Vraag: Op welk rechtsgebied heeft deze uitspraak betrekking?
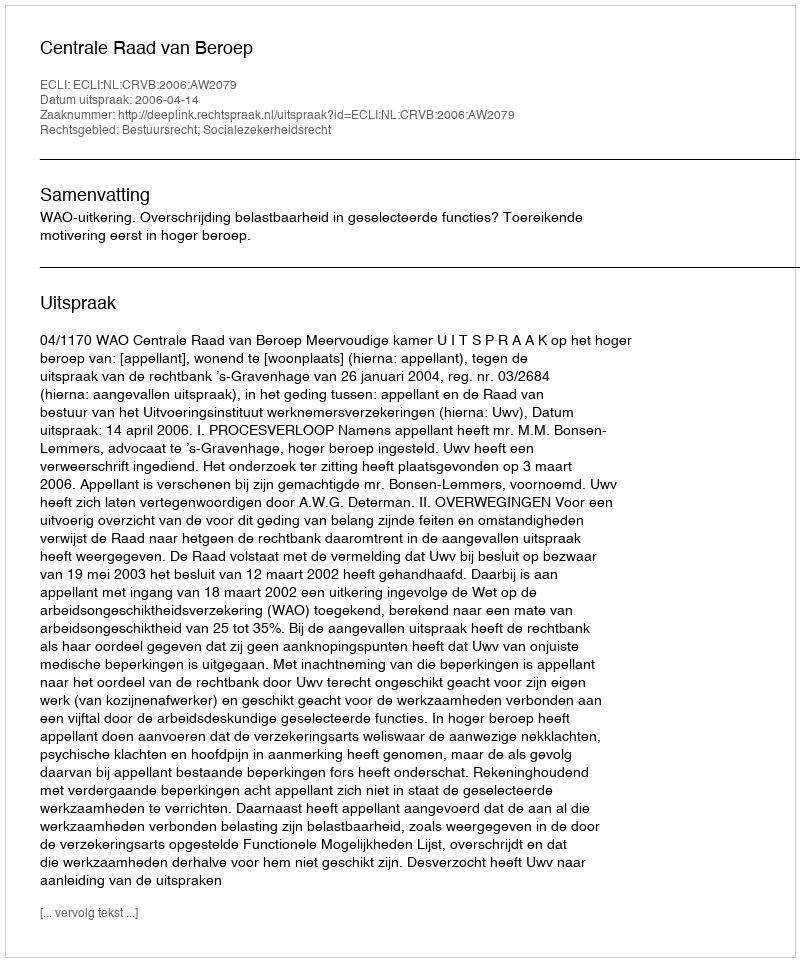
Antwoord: Bestuursrecht; Socialezekerheidsrecht